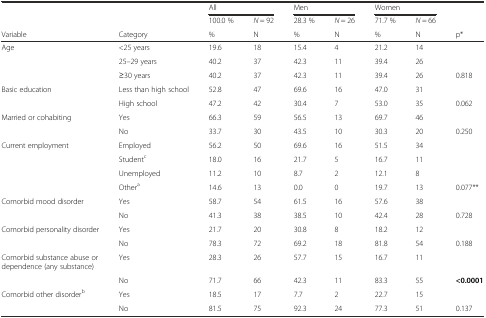
|  |  | <COLSPAN=2> All | <COLSPAN=2> Men | <COLSPAN=2> Women |  |
 |  |  | 100.0 % | N = 92 | 28.3 % | N = 26 | 71.7 % | N = 66 |  |
 | Variable | Category | % | N | % | N | % | N | p* |
 | --- | --- | --- | --- | --- | --- | --- | --- | --- |
 | Age | <25 years | 19.6 | 18 | 15.4 | 4 | 21.2 | 14 |  |
 |  | 25–29 years | 40.2 | 37 | 42.3 | 11 | 39.4 | 26 |  |
 |  | ≥30 years | 40.2 | 37 | 42.3 | 11 | 39.4 | 26 | 0.818 |
 | Basic education | Less than high school | 52.8 | 47 | 69.6 | 16 | 47.0 | 31 |  |
 |  | High school | 47.2 | 42 | 30.4 | 7 | 53.0 | 35 | 0.062 |
 | Married or cohabiting | Yes | 66.3 | 59 | 56.5 | 13 | 69.7 | 46 |  |
 |  | No | 33.7 | 30 | 43.5 | 10 | 30.3 | 20 | 0.250 |
 | Current employment | Employed | 56.2 | 50 | 69.6 | 16 | 51.5 | 34 |  |
 |  | Studentc | 18.0 | 16 | 21.7 | 5 | 16.7 | 11 |  |
 |  | Unemployed | 11.2 | 10 | 8.7 | 2 | 12.1 | 8 |  |
 |  | Othera | 14.6 | 13 | 0.0 | 0 | 19.7 | 13 | 0.077** |
 | Comorbid mood disorder | Yes | 58.7 | 54 | 61.5 | 16 | 57.6 | 38 |  |
 |  | No | 41.3 | 38 | 38.5 | 10 | 42.4 | 28 | 0.728 |
 | Comorbid personality disorder | Yes | 21.7 | 20 | 30.8 | 8 | 18.2 | 12 |  |
 |  | No | 78.3 | 72 | 69.2 | 18 | 81.8 | 54 | 0.188 |
 | Comorbid substance abuse or dependence (any substance) | Yes | 28.3 | 26 | 57.7 | 15 | 16.7 | 11 |  |
 |  | No | 71.7 | 66 | 42.3 | 11 | 83.3 | 55 | <0.0001 |
 | Comorbid other disorderb | Yes | 18.5 | 17 | 7.7 | 2 | 22.7 | 15 |  |
 |  | No | 81.5 | 75 | 92.3 | 24 | 77.3 | 51 | 0.137 |